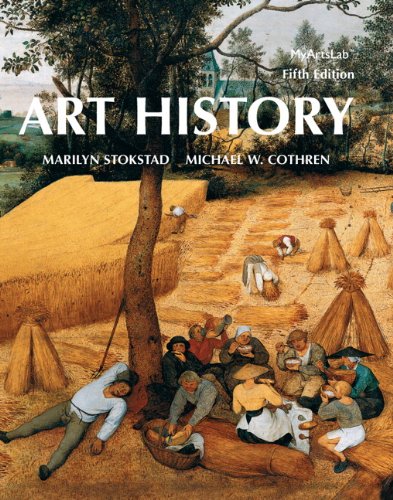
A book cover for Art History (5th Edition); Marilyn Stokstad; Arts & Photography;